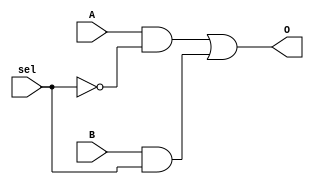
`timescale 1ns / 1ps
//////////////////////////////////////////////////////////////////////////////////
// Company: 
// Engineer: 
// 
// Design Name: 
// Module Name: mux2_1
// Project Name: 
// Target Devices: 
// Tool Versions: 
// Description: 
// 
// Dependencies: 
// 
// Revision:
// Revision 0.01 - File Created
// Additional Comments:
// 
//////////////////////////////////////////////////////////////////////////////////

// ESTE MUX SE ENCARGA DE QUE SI SEL ES 0 A ES 0 Y SI SEL ES 1 B ES 0

module mux2_1(
O,
A,
B,
sel
);

output O;
input A,B,sel;

not #(50) not1(nsel,sel);
and #(50) and1(O1,A,nsel); 
and #(50) and2(O2,B,sel);
or #(50) or2(O,O1,O2);

endmodule